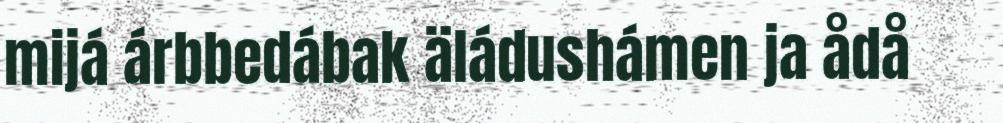
mijá árbbedábak äládushámen ja ådå